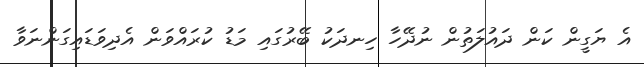
އެ ޔަގީން ކަން ދައުލަތުން ނުދޭހާ ހިނދަކު ބޭރުގައި މަޑު ކުރައްވަން އެދިވަޑައިގަންނަވާ